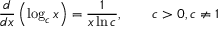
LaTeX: { \frac { d } { d x } } \left( \log _ { c } x \right) = { \frac { 1 } { x \ln c } } , \qquad c > 0 , c \neq 1